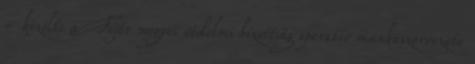
- közölte a Fejér megyei védelmi bizottság operatív munkaszervezete